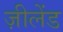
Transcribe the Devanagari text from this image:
ज़ीलेंड